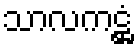
သာလကဋ္ဌံ